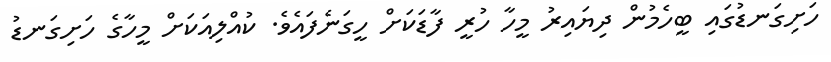
ހަށިގަނޑުގައި ބީހެމުން ދިޔައިރު މީހާ ހުރީ ފާޑަކަށް ހީގަނެފައެވެ. ކުއްލިއަކަށް މީހާގެ ހަށިގަނޑު